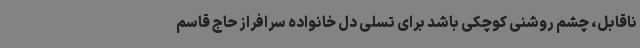
ناقابل، چشم روشنی کوچکی باشد برای تسلی دل خانواده سرافراز حاج قاسم